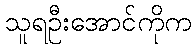
သူရဦးအောင်ကိုက